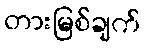
တားမြစ်ချက်